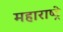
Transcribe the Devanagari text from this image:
महाराष्ट्रे